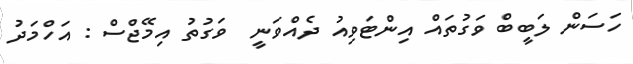
ހަސަން ލަބީބް ވަގުތައް އިންޓަވިއު ދެއްވަނީ  ވަގުތު އިމޭޖްސް : އަހްމަދު